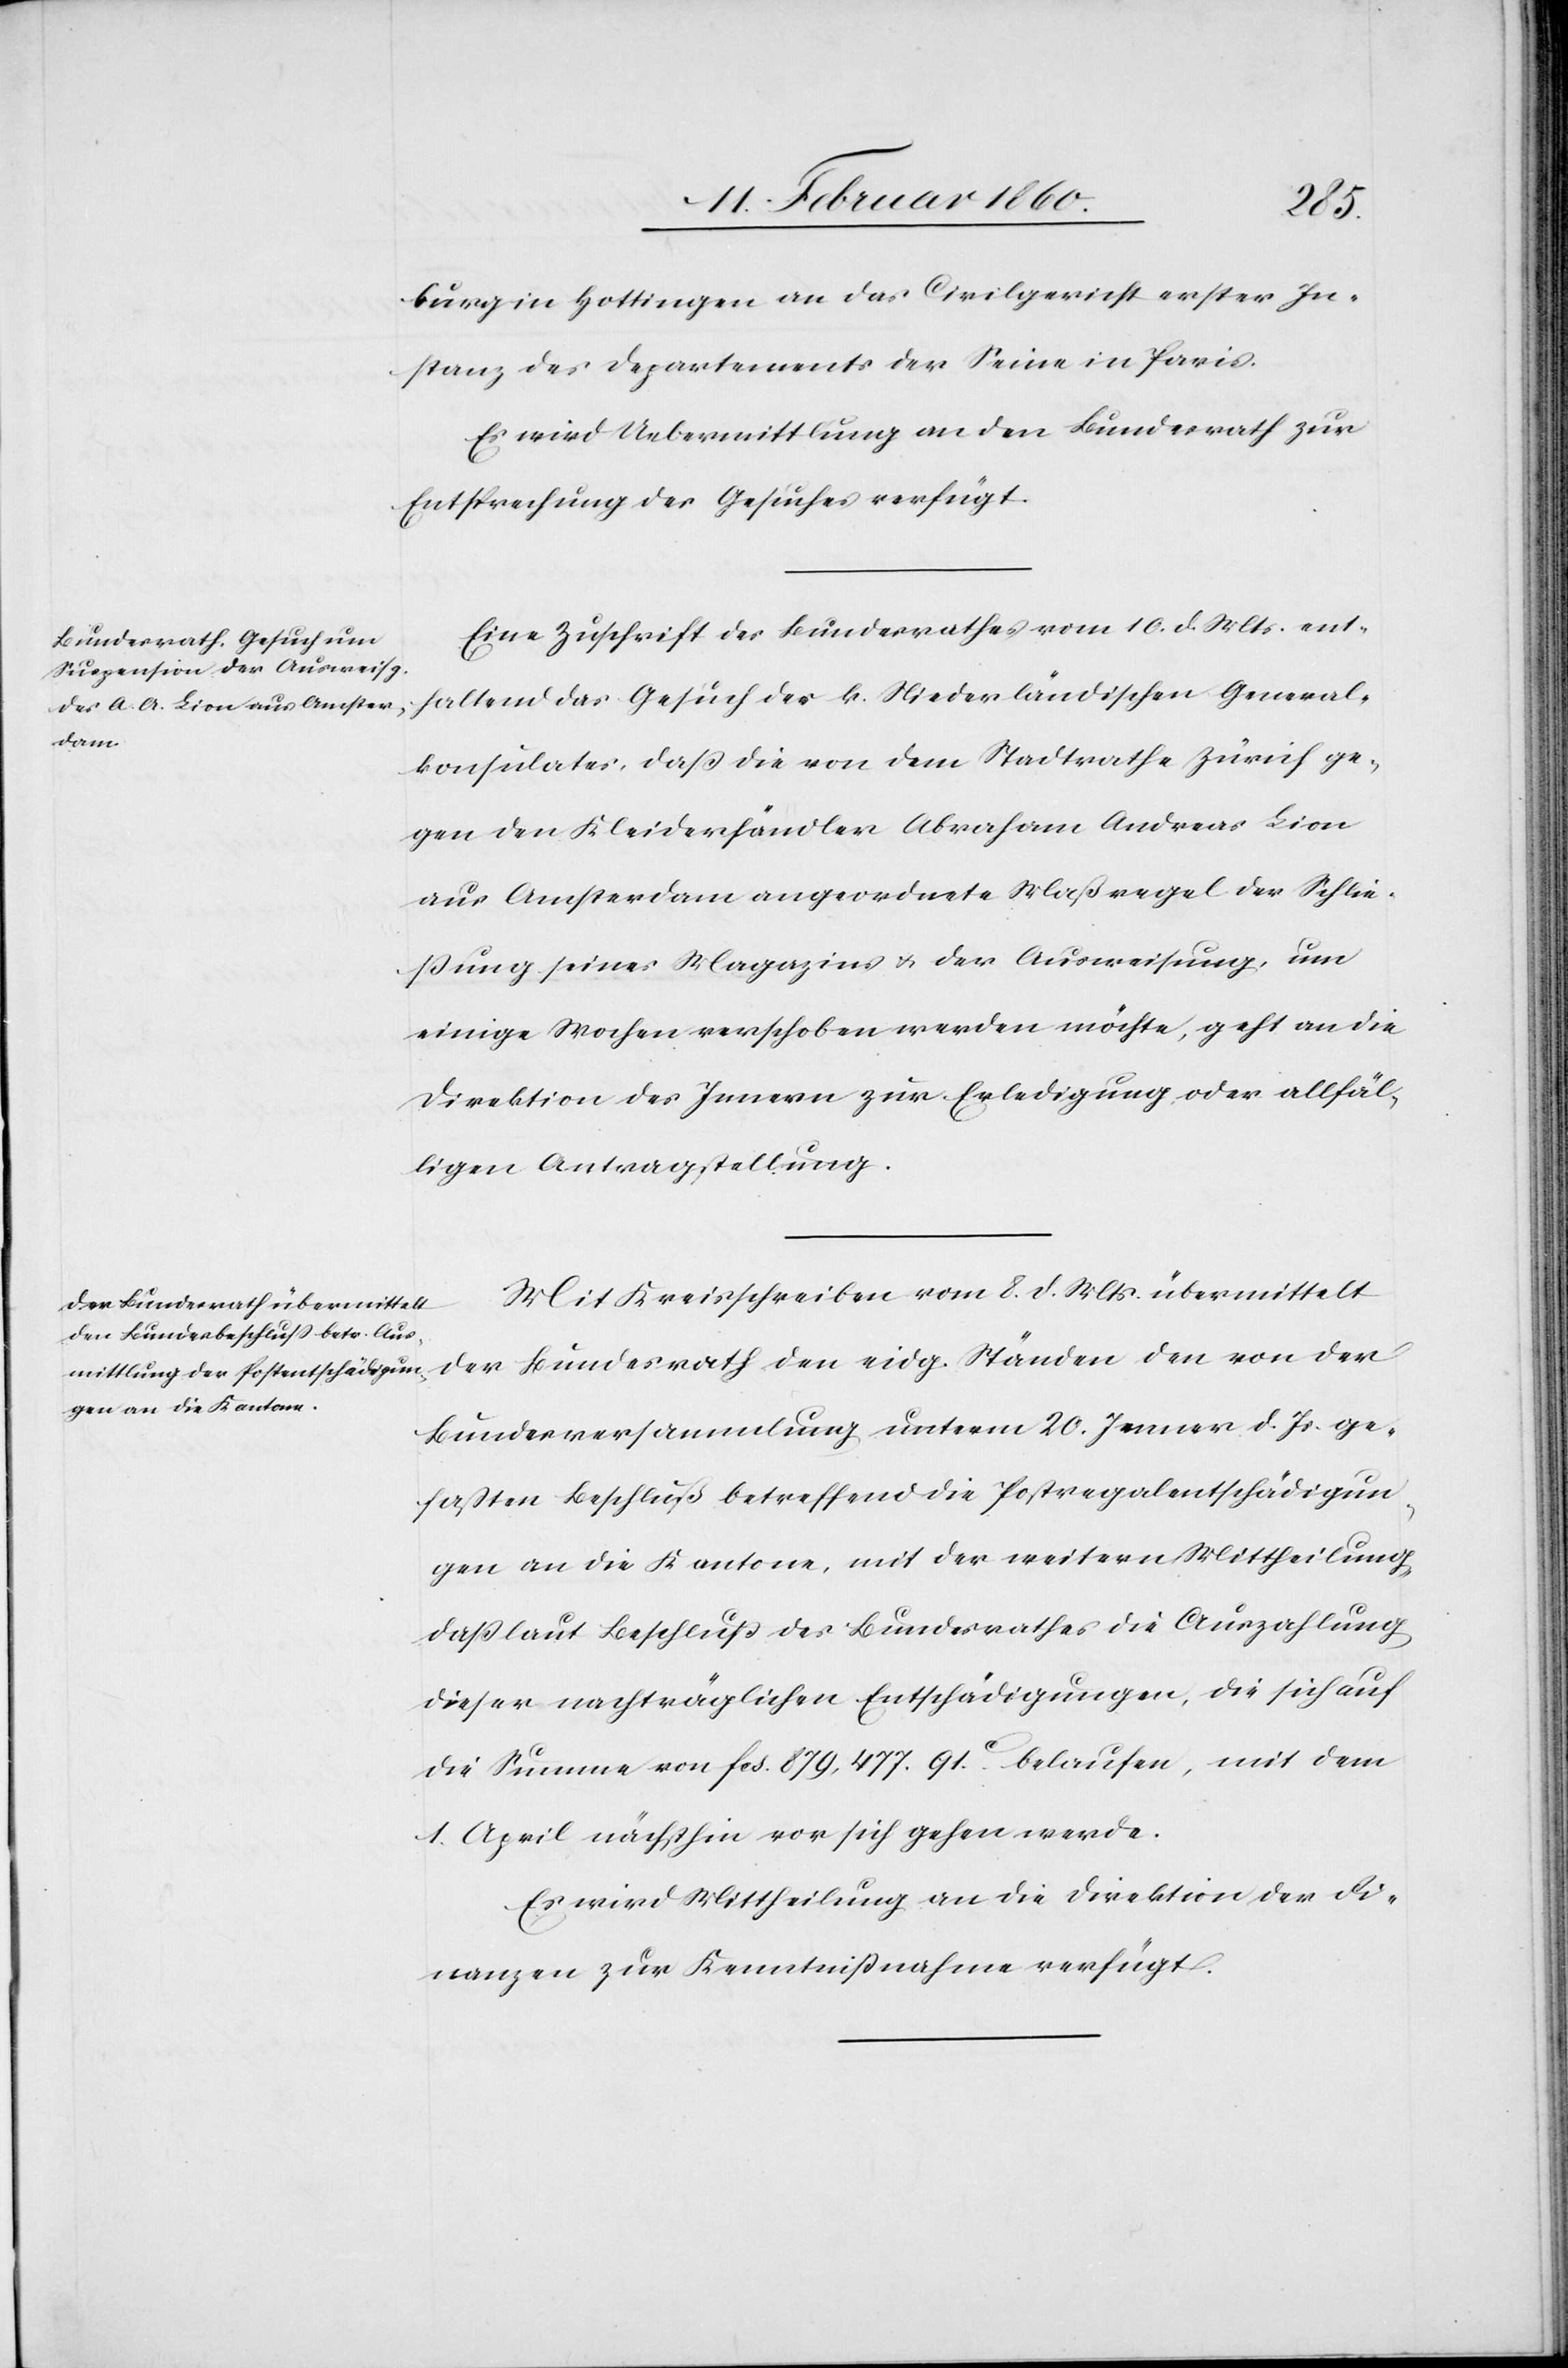
12t[en] Februar 1860.]
burg in Hottingen an das Civilgericht erster In¬
stanz des Departements der Seine in Paris.
Es wird Uebermittlung an den Bundesrath zur
Entsprechung des Gesuches verfügt.
Eine Zuschrift des Bundesrathes vom 10. d. Mts. ent¬
haltend das Gesuch des K. Niederländischen General¬
konsulates, dass die von dem Stadtrathe Zürich ge¬
gen den Kleiderhändler Abraham Andreas Lion
aus Amsterdam angeordnete Maßregel der Schlie¬
ßung seines Magazins u. der Ausweisung, um
einige Wochen verschoben werden möchte, geht an die
Direktion des Innern zur Erledigung oder allfäl¬
ligen Antragstellung.
Mit Kreisschreiben vom 8. d. Mts. übermittelt
der Bundesrath den eidg. Ständen den von der
Bundesversammlung unterm 20. Jenner d. Js. ge¬
faßten Beschluß betreffend die Postregalentschädigun¬
gen an die Kantone, mit der weitern Mittheilung,
daß laut Beschluß des Bundesrathes die Auszahlung
dieser nachträglichen Entschädigungen, die sich auf
die Summe von fcs. 879,477. 91C belaufen, mit dem
1. April nächsthin vor sich gehen werde.
Es wird Mittheilung an die Direktion der Fi¬
nanzen zur Kenntnißnahme verfügt.